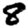
Digit: 8